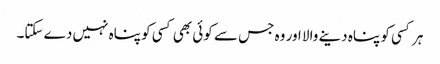
ہر کسی کو پناہ دینے والا اور وہ جس سے کوئی بھی کسی کو پناہ نہیں دے سکتا۔